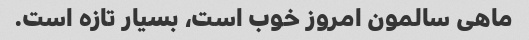
ماهی سالمون امروز خوب است، بسیار تازه است.